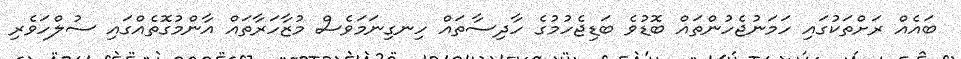
ބައެއް ރަށްތަކުގައި ހަމަނުޖެހުންތައް ބޮޑުވެ ބަޑިޖެހުމުގެ ހާދިސާތައް ހިނގިނަމަވެސް މުޒާހަރާތައް އާންމުގޮތެއްގައި ސުލްހަވެރި